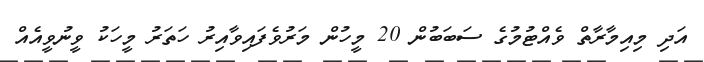
އަދި މިއިމާރާތް ވެއްޓުމުގެ ސަބަބުން 20 މީހުން މަރުވެފައިވާއިރު ހަތަރު މީހަކު ވީނުވީއެއް